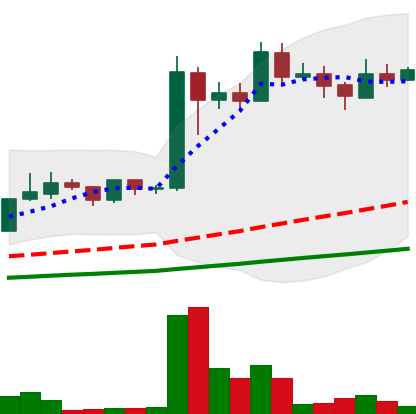
Ticker: LINK-USD
Chart end date: 2019-06-24
Forward return: 99.058%
Label: up_7plus